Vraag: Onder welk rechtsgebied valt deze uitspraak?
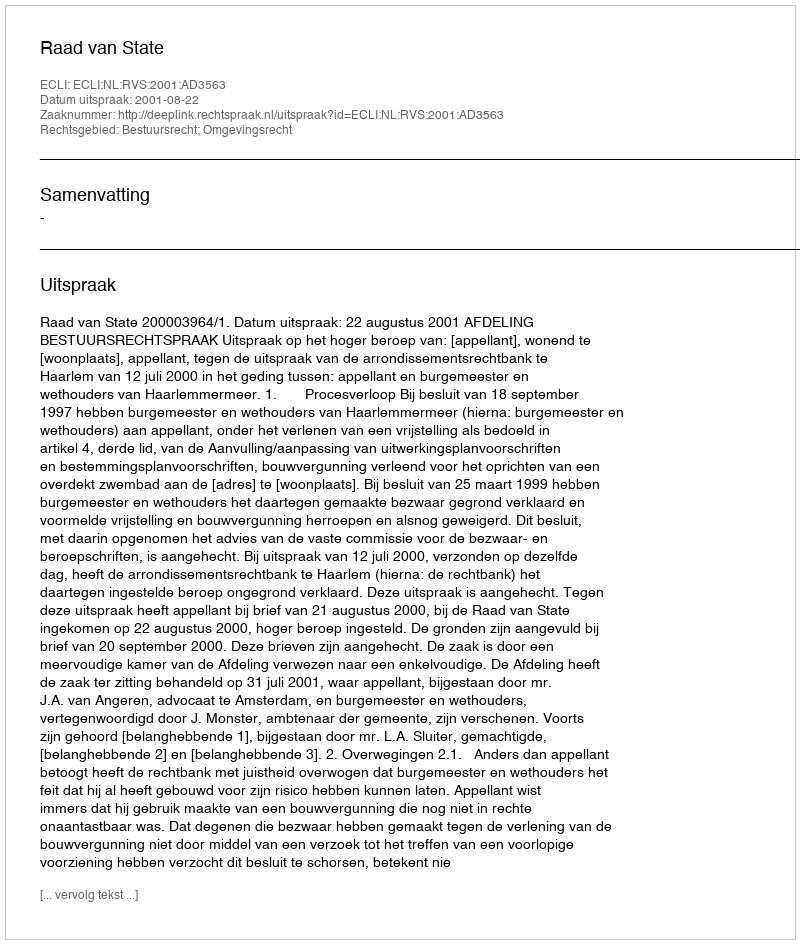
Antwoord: Bestuursrecht; Omgevingsrecht